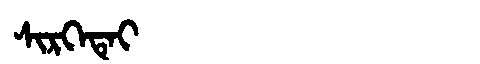
Manchu: ᠰᡳᡵᡴᡝᡨᡝᡳ
Romanization: SIRKETEI